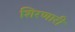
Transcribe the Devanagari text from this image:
शिरणारी